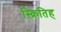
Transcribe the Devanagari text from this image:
स्क्रितिह